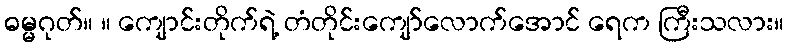
ဓမ္မဂုတ်။ ။ ကျောင်းတိုက်ရဲ့ တံတိုင်းကျော်လောက်အောင် ရေက ကြီးသလား။